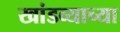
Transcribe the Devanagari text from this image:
खांडव्याच्या